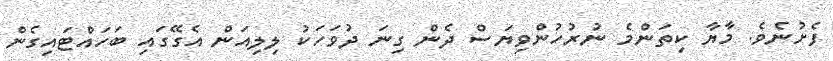
ފެށުނެވެ. މާޔާ ކިތަންމެ ނުރުހުންވިޔަސް ދެން ގިނަ ދުވަހަކު ލިލިއަން އެގޭގައި ބަހައްޓައިގެން